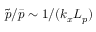
\tilde { p } / \bar { p } \sim 1 / ( k _ { x } L _ { p } )